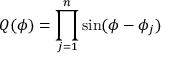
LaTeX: Q ( \phi ) = \prod _ { j = 1 } ^ { n } \sin ( \phi - \phi _ { j } )